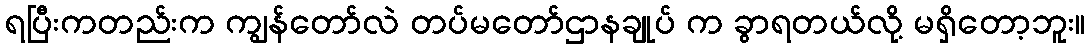
ရပြီးကတည်းက ကျွန်တော်လဲ တပ်မတော်ဌာနချုပ် က ခွာရတယ်လို့ မရှိတော့ဘူး။